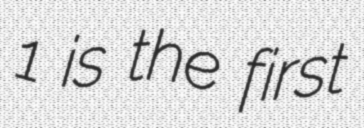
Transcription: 1 is the first